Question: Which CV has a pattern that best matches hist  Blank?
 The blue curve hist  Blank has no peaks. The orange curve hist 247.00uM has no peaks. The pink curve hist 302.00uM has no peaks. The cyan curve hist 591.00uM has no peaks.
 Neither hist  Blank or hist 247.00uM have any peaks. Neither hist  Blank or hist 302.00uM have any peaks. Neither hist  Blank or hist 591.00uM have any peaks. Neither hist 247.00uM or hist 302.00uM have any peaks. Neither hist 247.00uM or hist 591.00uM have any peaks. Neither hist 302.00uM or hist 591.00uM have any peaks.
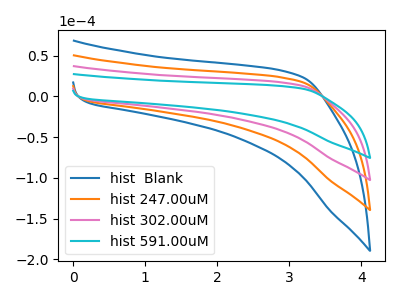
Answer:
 <answer>"hist  Blank", "hist 247.00uM" and "hist 302.00uM" have a similar shape to "hist 591.00uM".</answer>
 <eval>"hist  Blank" "hist 247.00uM" "hist 302.00uM"</eval>